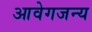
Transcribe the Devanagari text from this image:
आवेगजन्य